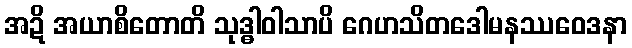
အဍိ အယာစိတောတိ သုဒ္ဓါဝါသာပိ ဂေဟသိတဒေါမနဿဝေဒနာ